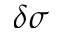
\delta \sigma